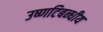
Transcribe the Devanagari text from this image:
उष्णटिबन्धीय